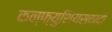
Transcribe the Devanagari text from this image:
कन्फ्युशियसवादी